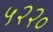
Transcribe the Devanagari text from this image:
५२२०